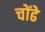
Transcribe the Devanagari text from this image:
चोंढे